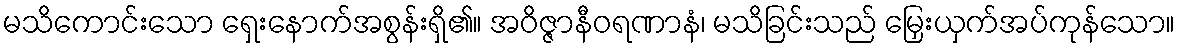
မသိကောင်းသော ရှေးနောက်အစွန်းရှိ၏။ အဝိဇ္ဇာနီဝရဏာနံ၊ မသိခြင်းသည် မြှေးယှက်အပ်ကုန်သော။